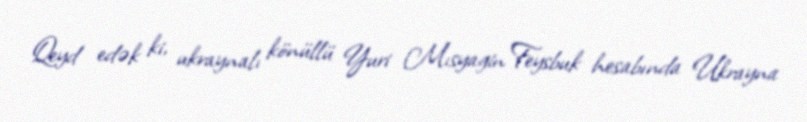
Qeyd edək ki, ukraynalı könüllü Yuri Mısyagin Feysbuk hesabında Ukrayna